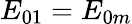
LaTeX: {E}_{01}={E}_{0m}